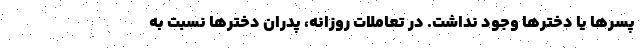
پسرها یا دخترها وجود نداشت. در تعاملات روزانه، پدران دخترها نسبت به